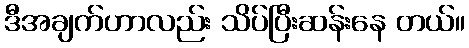
ဒီအချက်ဟာလည်း သိပ်ပြီးဆန်းနေ တယ်။